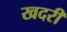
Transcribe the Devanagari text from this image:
खदरी